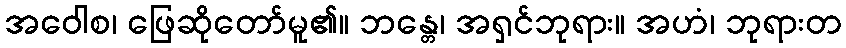
အဝေါစ၊ ဖြေဆိုတော်မူ၏။ ဘန္တေ၊ အရှင်ဘုရား။ အဟံ၊ ဘုရားတ